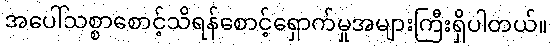
အပေါ်သစ္စာစောင့်သိရန်စောင့်ရှောက်မှုအများကြီးရှိပါတယ်။